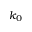
k _ { 0 }